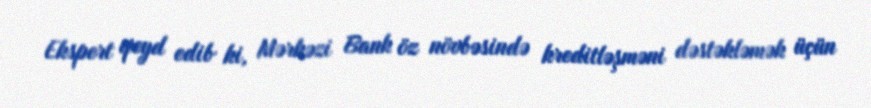
Ekspert qeyd edib ki, Mərkəzi Bank öz növbəsində kreditləşməni dəstəkləmək üçün